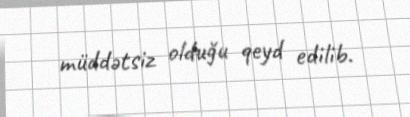
müddətsiz olduğu qeyd edilib.